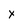
Character: x